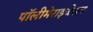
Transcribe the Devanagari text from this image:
पॉलीमेराइजेसन